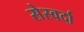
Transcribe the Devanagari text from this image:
सेस्वर्दा